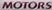
MOTORS